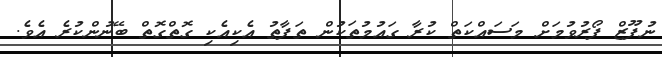
ނުފޫޒް ފޯރުވުމަށް މަސައްކަތް ކުރާ ގައުމުތަކުން ތަފާތު އެކިއެކި ގޮތްގޮތް ބޭނުންކުރެ އެވެ.